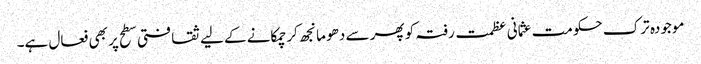
موجودہ ترک حکومت عثمانی عظمت رفتہ کو پھر سے دھو مانجھ کر چمکانے کے لیے ثقافتی سطح پر بھی فعال ہے۔